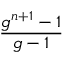
\frac { g ^ { n + 1 } - 1 } { g - 1 }